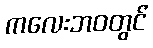
ကလေးဘဝတွင်